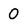
Character: 0